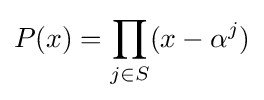
P(x)=\prod _{j\in S}(x-\alpha ^{j})